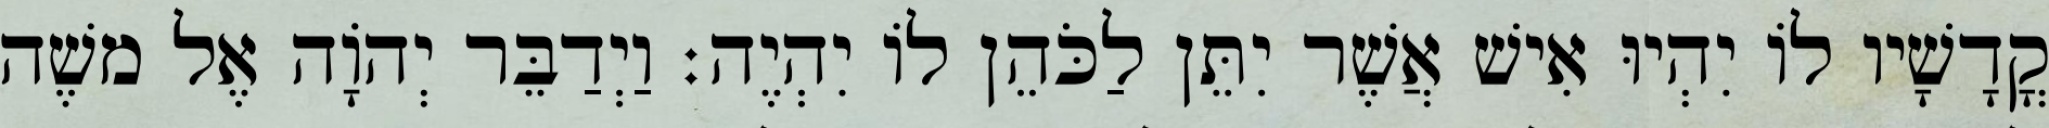
קֳדָשָׁיו לוֹ יִהְיוּ אִישׁ אֲשֶׁר יִתֵּן לַכֹּהֵן לוֹ יִהְיֶה׃ וַיְדַבֵּר יְהוָֹה אֶל משֶׁה